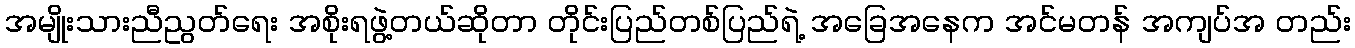
အမျိုးသားညီညွတ်ရေး အစိုးရဖွဲ့တယ်ဆိုတာ တိုင်းပြည်တစ်ပြည်ရဲ့ အခြေအနေက အင်မတန် အကျပ်အ တည်း